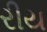
રીય